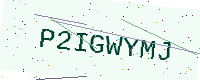
Text: P2IGWYMJ